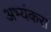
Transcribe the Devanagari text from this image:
अभ्यंकरा